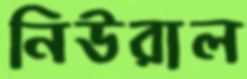
নিউরাল